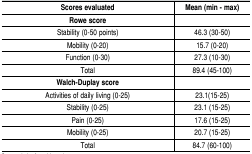
| Scores evaluated | Mean (min - max) |
 | --- | --- |
 | Rowe score |  |
 | Stability(0-50 points) | 46.3 (30-50) |
 | Mobility(0-20) | 15.7 (0-20) |
 | Function(0-30) | 27.3 (10-30) |
 | Total | 89.4 (45-100) |
 | Walch-Duplay score |  |
 | Activities ofdaily living (0-25) | 23.1(15-25) |
 | Stability(0-25) | 23.1 (15-25) |
 | Pain(0-25) | 17.6 (15-25) |
 | Mobility(0-25) | 20.7 (15-25) |
 | Total | 84.7 (60-100) |